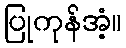
ပြုကုန်အံ့။